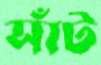
সাঁট